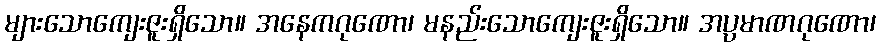
များသောကျေးဇူးရှိသော။ အနေကဂုဏော၊ မနည်းသောကျေးဇူးရှိသော။ အပ္ပမာဏဂုဏော၊